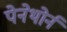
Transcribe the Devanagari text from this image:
पेनेथोर्न